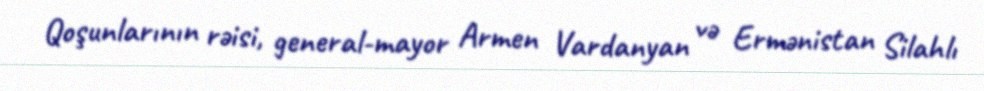
Qoşunlarının rəisi, general-mayor Armen Vardanyan və Ermənistan Silahlı